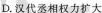
D.汉代丞相权力扩大